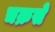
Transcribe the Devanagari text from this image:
चक्रसे